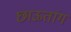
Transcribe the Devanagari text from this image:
छाऊतांग